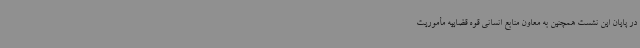
در پایان این نشست همچنین به معاون منابع انسانی قوه قضاییه مأموریت